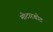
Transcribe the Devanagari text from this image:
मोटारबोट